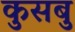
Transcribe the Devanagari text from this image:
कुसबु